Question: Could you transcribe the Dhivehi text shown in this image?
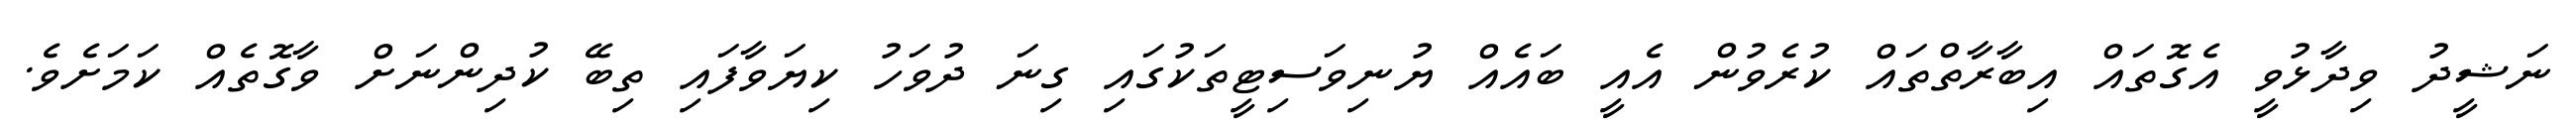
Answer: ނަޝީދު ވިދާޅުވީ އެގޮތައް އިބާރާތްތައް ކުރެވުން އެއީ ބައެއް ޔުނިވަސިޓީތަކުގައި ގިނަ ދުވަހު ކިޔަވާފައި ތިބޭ ކުދިންނަށް ވާގޮތެއް ކަމަށެވެ.